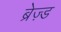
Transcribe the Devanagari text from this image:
ब्रेज़्ड